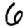
Digit: 6